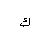
Letter: _kaf